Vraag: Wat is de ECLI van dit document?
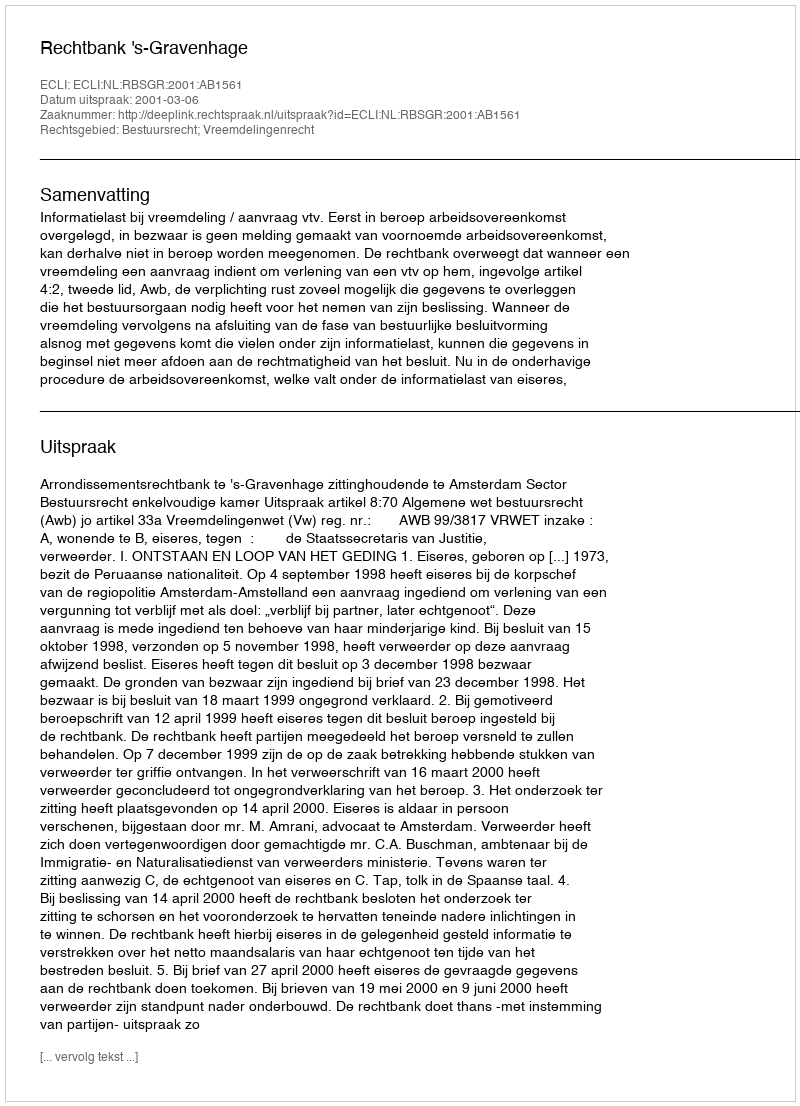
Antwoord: ECLI:NL:RBSGR:2001:AB1561